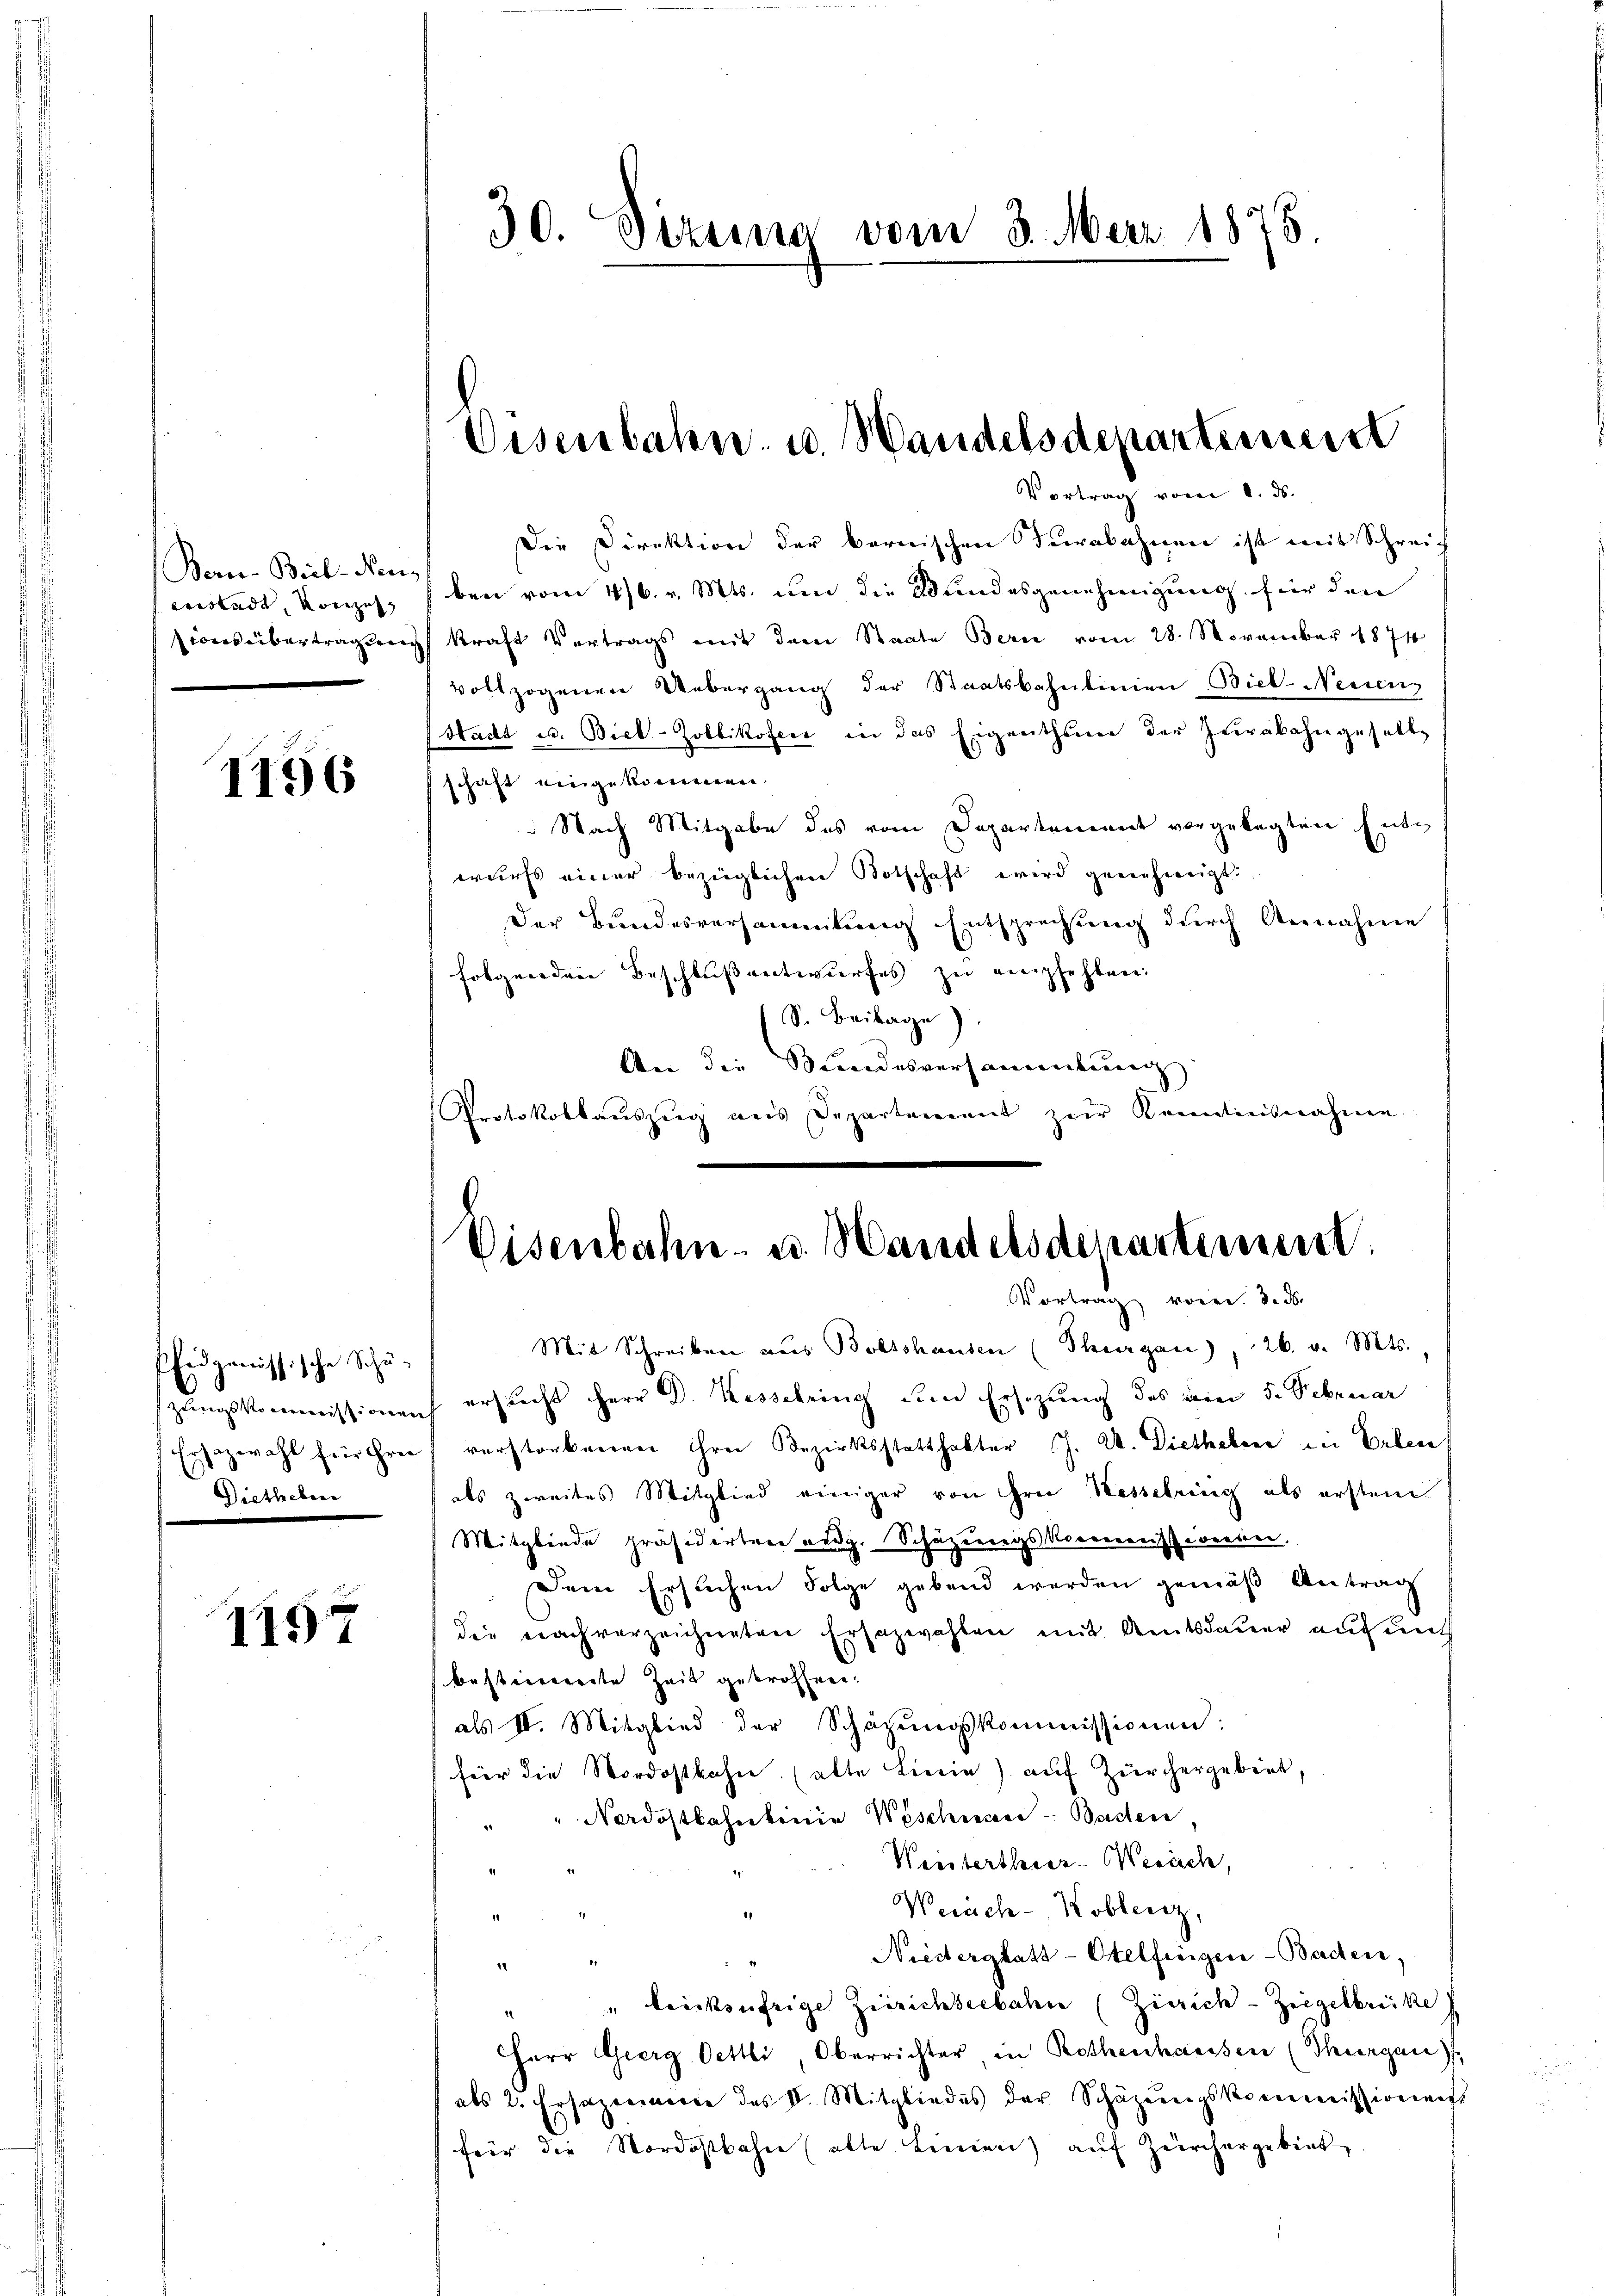
Ber-Biel-Neueustadt, Konzes

1156

Pfidgenössische Schü¬
Ersazwahl für Frei
Dietheben

1157

30. Dizung vom 3. Mai 1875.

Eisenbahn- u. Handelsdepartement

Vertrag vom 1. ds.
Die Direktion der bernischen Turabahnen ist mit Schreif
ben vom 4/6. v. Mts. um die Wundesgenehmigung für den
ions übertragen Kraft Vertrags mit dem Staate Bern vom 28. November 1874
vollzogenen Uebergang der Staatsbahnlinien Biel Neidenz
Hadt u. Biel-Zollikofer in das Eigenthum der Zurabahngeselbe
schaft eingekommen.
Nach Mitgabe des vom Departement vorgelegten Entwurfs einer bezüglichen Botschaft wird genehmigt.
Der Bundesversammlung Entsprechung durch Annahme
folgenden Beschlussentwurfes zu empfehlen.
S. Beilage).
An die Bundesversammlung
Protokollauszug aus Departement zur Kenntnisnahme.
.

Eisenbahn- u. Handelsdenasteresent.
Vortrag von d. d.

Mit Schreiben aus Bolsshausen (Thurgau), 26. v. Mts.,
zungskommissionen ersucht Herr D. Kesselring dem Ersezung des ein d. Februar
verstorbenen ihrer Bezirksstatthalter J. A. Dietheber in Erben
als zweites Mitglied einiger von Frei Hesselring als ersten
Mitgliede präsidirten eidg. Schazungskommnensionesen.
Dem Ersuchen Folge gebend werden gemäß Antrag
die nach verzeichneten Ersazwahlen mit Amtsdauer auf mith
bestierente Zeit gekröffnen.
als II. Mitglied der Schäzŭngskommissionen:
fier die Nordostbahne. (alte Linie) auf Zürchergebiet,
" " Nordostbahnkeine Wäschnan- Baden
Weistertheier-Gerich,
Weiach-Koblenz,
Niederglatt-Otelfingen–Baden.
d
" leichzufrige Zürichseebahn (Zürich-Ziegelbrücke
2
HHerr Georg Oettli, Oberrichter, in Rothenhausen (Thurgau),
als 2. Ersazenieren des D. Mitgliedes der Schazungskommissionenst
für die Nordostbahn (alte Linien) auf Zürchergebiet